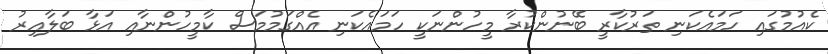
ކެއުމުގައި ހަމައެކަނި ތަރުކާރީ ބޭނުންކުރާ މީހުންނަކީ ހަމައެކަނި އެއްގަމުމަސް ކާމީހުންނާއި އަޅާ ބަލާއިރު